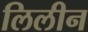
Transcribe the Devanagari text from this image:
लिलीन